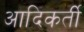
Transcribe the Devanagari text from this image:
आदिकर्ती